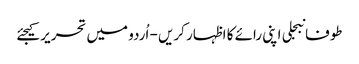
طوفانبجلی اپنی رائے کا اظہار کریں - اُردو میں تحریر کیجئے